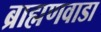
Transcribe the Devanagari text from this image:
ब्राह्मणवाडा